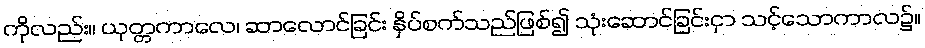
ကိုလည်း။ ယုတ္တကာလေ၊ ဆာလောင်ခြင်း နှိပ်စက်သည်ဖြစ်၍ သုံးဆောင်ခြင်းငှာ သင့်သောကာလ၌။